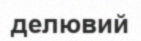
делювий